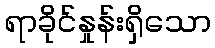
ရာခိုင်နှုန်းရှိသော